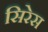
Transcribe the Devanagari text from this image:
सिरेस